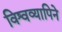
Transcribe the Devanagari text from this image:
विश्वव्यापिने